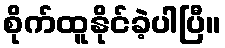
စိုက်ထူနိုင်ခဲ့ပါပြီ။